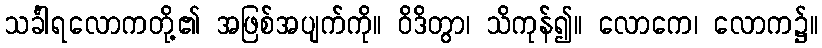
သင်္ခါရလောကတို့၏ အဖြစ်အပျက်ကို။ ဝိဒိတွာ၊ သိကုန်၍။ လောကေ၊ လောက၌။